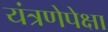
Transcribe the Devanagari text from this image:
यंत्रणेपेक्षा